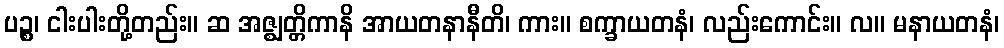
ပဉ္စ၊ ငါးပါးတို့တည်း။ ဆ အဇ္ဈတ္တိကာနိ အာယတနာနီတိ၊ ကား။ စက္ခာယတနံ၊ လည်းကောင်း။ လ။ မနာယတနံ၊